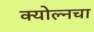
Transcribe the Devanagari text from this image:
क्योल्नचा